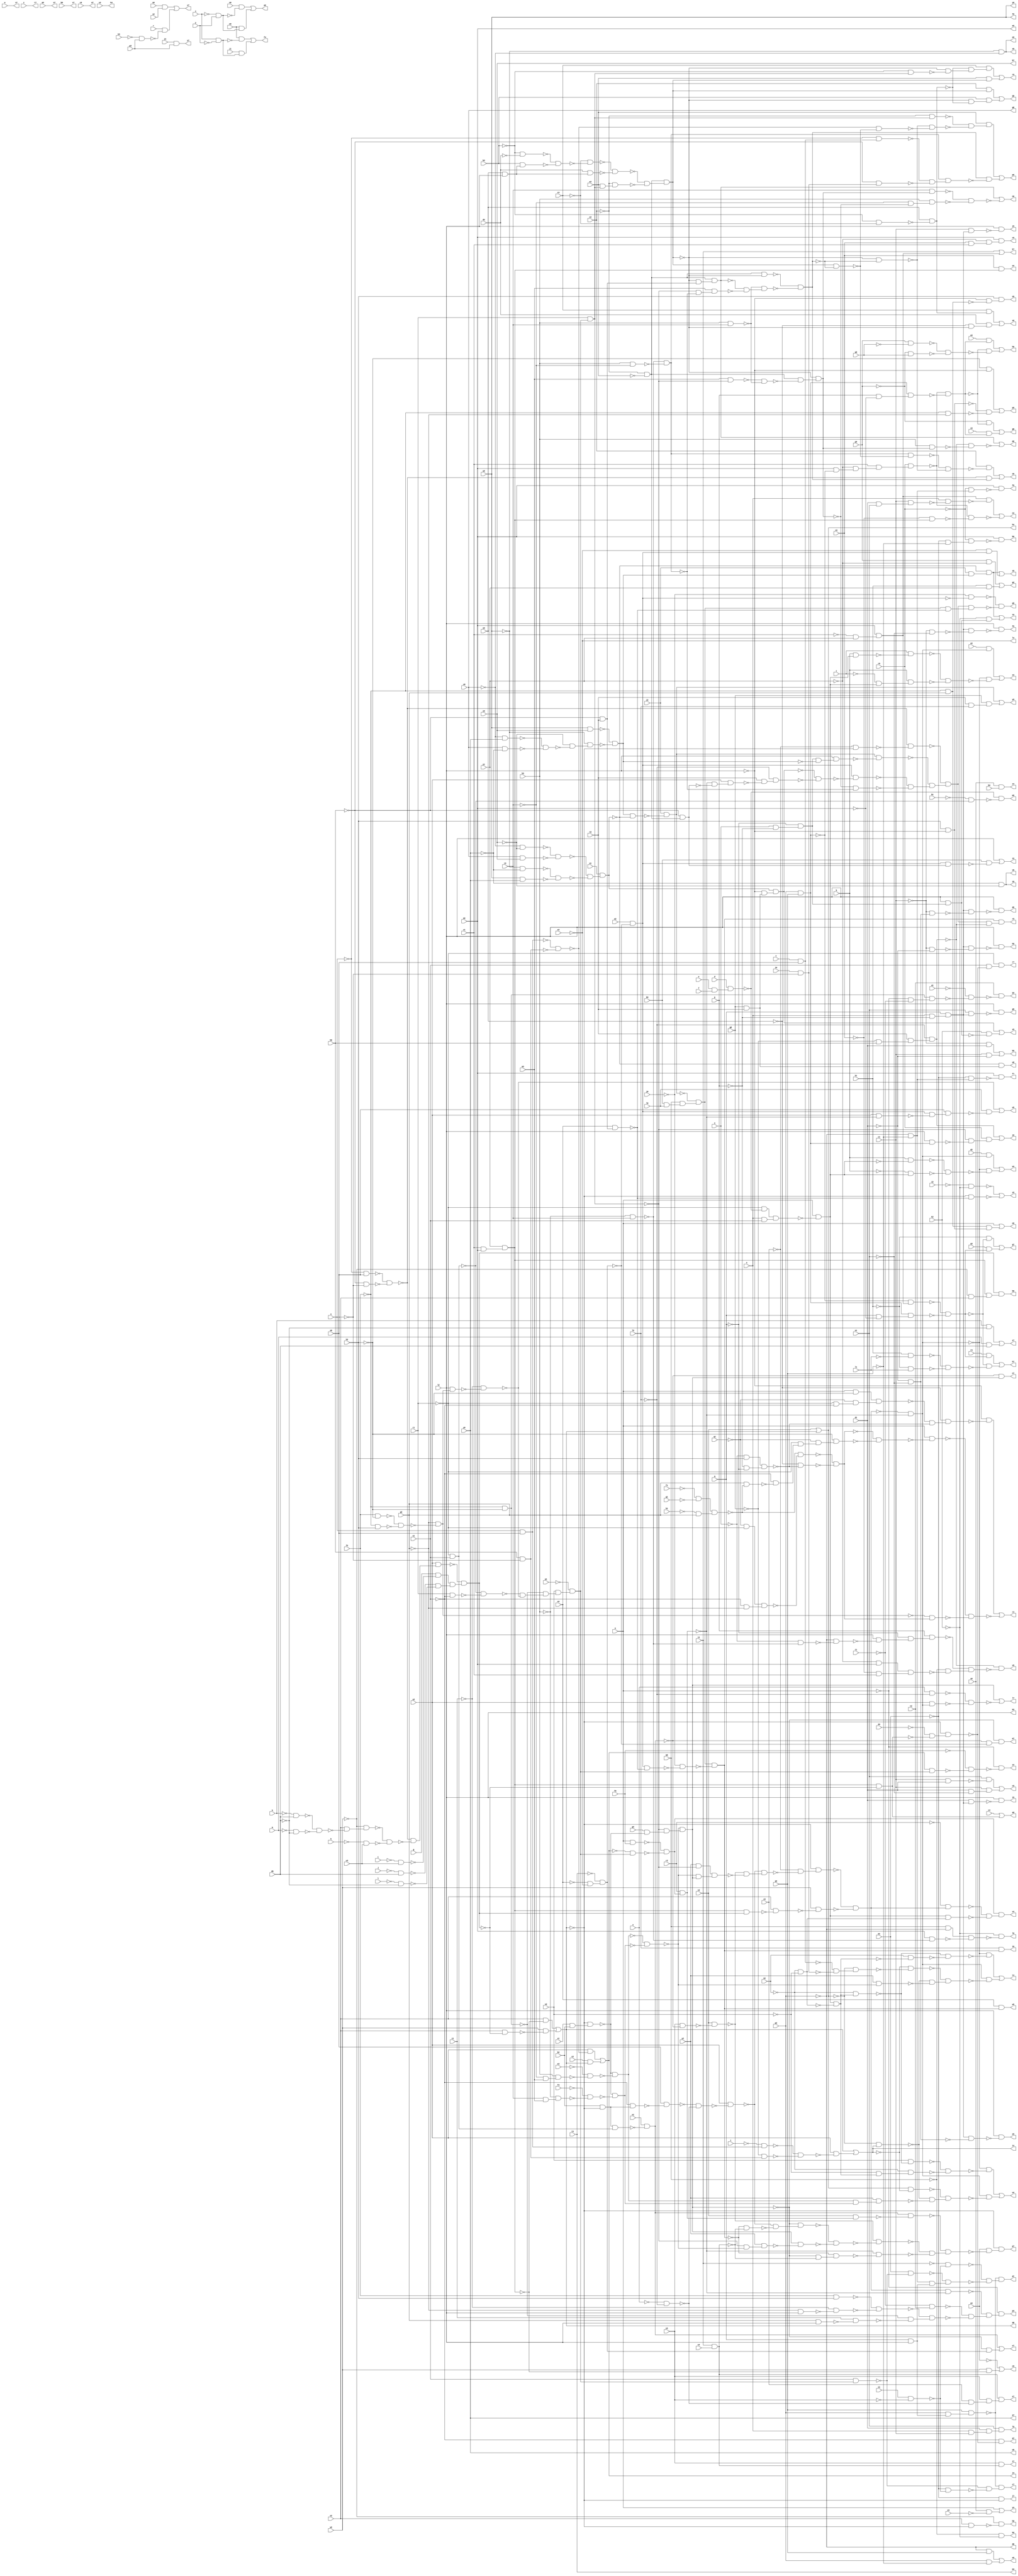
module rot ( 
    a, b, c, d, e, f, g, h, i, j, k, l, m, n, o, p, q, r, s, t, u, v, w, x,
    y, z, a0, b0, c0, d0, e0, f0, g0, h0, i0, j0, k0, l0, m0, n0, o0, p0,
    q0, r0, s0, t0, u0, v0, w0, x0, y0, z0, a1, b1, c1, d1, e1, f1, g1, h1,
    i1, j1, k1, l1, m1, n1, o1, p1, q1, r1, s1, t1, u1, v1, w1, x1, y1, z1,
    a2, b2, c2, d2, e2, f2, g2, h2, i2, j2, k2, l2, m2, n2, o2, p2, q2, r2,
    s2, t2, u2, v2, w2, x2, y2, z2, a3, b3, c3, d3, e3, f3, g3, h3, i3, j3,
    k3, l3, m3, n3, o3, p3, q3, r3, s3, t3, u3, v3, w3, x3, y3, z3, a4, b4,
    c4, d4, e4,
    f4, g4, h4, i4, j4, k4, l4, m4, n4, o4, p4, q4, r4, s4, t4, u4, v4, w4,
    x4, y4, z4, a5, b5, c5, d5, e5, f5, g5, h5, i5, j5, k5, l5, m5, n5, o5,
    p5, q5, r5, s5, t5, u5, v5, w5, x5, y5, z5, a6, b6, c6, d6, e6, f6, g6,
    h6, i6, j6, k6, l6, m6, n6, o6, p6, q6, r6, s6, t6, u6, v6, w6, x6, y6,
    z6, a7, b7, c7, d7, e7, f7, g7, h7, i7, j7, k7, l7, m7, n7, o7, p7, q7,
    r7, s7, t7, u7, v7, w7, x7, y7, z7, a8, b8, c8, d8, e8, f8, g8, h8  );
  input  a, b, c, d, e, f, g, h, i, j, k, l, m, n, o, p, q, r, s, t, u,
    v, w, x, y, z, a0, b0, c0, d0, e0, f0, g0, h0, i0, j0, k0, l0, m0, n0,
    o0, p0, q0, r0, s0, t0, u0, v0, w0, x0, y0, z0, a1, b1, c1, d1, e1, f1,
    g1, h1, i1, j1, k1, l1, m1, n1, o1, p1, q1, r1, s1, t1, u1, v1, w1, x1,
    y1, z1, a2, b2, c2, d2, e2, f2, g2, h2, i2, j2, k2, l2, m2, n2, o2, p2,
    q2, r2, s2, t2, u2, v2, w2, x2, y2, z2, a3, b3, c3, d3, e3, f3, g3, h3,
    i3, j3, k3, l3, m3, n3, o3, p3, q3, r3, s3, t3, u3, v3, w3, x3, y3, z3,
    a4, b4, c4, d4, e4;
  output f4, g4, h4, i4, j4, k4, l4, m4, n4, o4, p4, q4, r4, s4, t4, u4, v4,
    w4, x4, y4, z4, a5, b5, c5, d5, e5, f5, g5, h5, i5, j5, k5, l5, m5, n5,
    o5, p5, q5, r5, s5, t5, u5, v5, w5, x5, y5, z5, a6, b6, c6, d6, e6, f6,
    g6, h6, i6, j6, k6, l6, m6, n6, o6, p6, q6, r6, s6, t6, u6, v6, w6, x6,
    y6, z6, a7, b7, c7, d7, e7, f7, g7, h7, i7, j7, k7, l7, m7, n7, o7, p7,
    q7, r7, s7, t7, u7, v7, w7, x7, y7, z7, a8, b8, c8, d8, e8, f8, g8, h8;
  wire new_n243_, new_n244_, new_n245_, new_n247_, new_n248_, new_n250_,
    new_n251_, new_n252_, new_n253_, new_n254_, new_n255_, new_n256_,
    new_n257_, new_n258_, new_n259_, new_n260_, new_n261_, new_n262_,
    new_n263_, new_n264_, new_n265_, new_n266_, new_n267_, new_n268_,
    new_n269_, new_n270_, new_n271_, new_n272_, new_n273_, new_n276_,
    new_n277_, new_n278_, new_n279_, new_n280_, new_n281_, new_n283_,
    new_n284_, new_n285_, new_n287_, new_n288_, new_n289_, new_n290_,
    new_n291_, new_n292_, new_n293_, new_n294_, new_n295_, new_n296_,
    new_n297_, new_n298_, new_n299_, new_n302_, new_n303_, new_n304_,
    new_n305_, new_n306_, new_n307_, new_n308_, new_n309_, new_n310_,
    new_n311_, new_n312_, new_n313_, new_n314_, new_n315_, new_n316_,
    new_n317_, new_n318_, new_n319_, new_n320_, new_n321_, new_n322_,
    new_n323_, new_n324_, new_n325_, new_n326_, new_n327_, new_n328_,
    new_n329_, new_n330_, new_n331_, new_n332_, new_n333_, new_n334_,
    new_n335_, new_n336_, new_n337_, new_n338_, new_n339_, new_n340_,
    new_n341_, new_n342_, new_n343_, new_n344_, new_n345_, new_n346_,
    new_n347_, new_n348_, new_n349_, new_n350_, new_n351_, new_n352_,
    new_n353_, new_n354_, new_n355_, new_n356_, new_n357_, new_n358_,
    new_n359_, new_n360_, new_n361_, new_n362_, new_n363_, new_n364_,
    new_n365_, new_n366_, new_n367_, new_n369_, new_n370_, new_n371_,
    new_n373_, new_n374_, new_n375_, new_n376_, new_n377_, new_n378_,
    new_n379_, new_n380_, new_n381_, new_n382_, new_n383_, new_n384_,
    new_n385_, new_n386_, new_n387_, new_n388_, new_n389_, new_n390_,
    new_n391_, new_n392_, new_n393_, new_n394_, new_n395_, new_n396_,
    new_n397_, new_n398_, new_n399_, new_n400_, new_n402_, new_n403_,
    new_n405_, new_n406_, new_n407_, new_n408_, new_n409_, new_n410_,
    new_n411_, new_n412_, new_n413_, new_n414_, new_n415_, new_n416_,
    new_n417_, new_n418_, new_n419_, new_n420_, new_n421_, new_n422_,
    new_n423_, new_n424_, new_n425_, new_n426_, new_n427_, new_n429_,
    new_n430_, new_n431_, new_n432_, new_n433_, new_n434_, new_n435_,
    new_n436_, new_n437_, new_n438_, new_n439_, new_n441_, new_n442_,
    new_n443_, new_n445_, new_n446_, new_n447_, new_n448_, new_n449_,
    new_n451_, new_n452_, new_n453_, new_n454_, new_n455_, new_n456_,
    new_n457_, new_n459_, new_n462_, new_n463_, new_n465_, new_n466_,
    new_n467_, new_n468_, new_n470_, new_n471_, new_n472_, new_n473_,
    new_n474_, new_n476_, new_n478_, new_n479_, new_n481_, new_n483_,
    new_n484_, new_n486_, new_n488_, new_n490_, new_n491_, new_n493_,
    new_n495_, new_n496_, new_n497_, new_n499_, new_n501_, new_n502_,
    new_n503_, new_n505_, new_n506_, new_n507_, new_n508_, new_n509_,
    new_n510_, new_n511_, new_n512_, new_n513_, new_n514_, new_n515_,
    new_n516_, new_n517_, new_n518_, new_n519_, new_n520_, new_n521_,
    new_n522_, new_n523_, new_n524_, new_n525_, new_n526_, new_n527_,
    new_n528_, new_n529_, new_n530_, new_n531_, new_n532_, new_n533_,
    new_n534_, new_n535_, new_n536_, new_n537_, new_n538_, new_n539_,
    new_n540_, new_n541_, new_n542_, new_n543_, new_n544_, new_n545_,
    new_n546_, new_n547_, new_n548_, new_n549_, new_n550_, new_n551_,
    new_n552_, new_n553_, new_n554_, new_n555_, new_n556_, new_n557_,
    new_n558_, new_n559_, new_n560_, new_n561_, new_n562_, new_n563_,
    new_n564_, new_n565_, new_n566_, new_n567_, new_n568_, new_n569_,
    new_n570_, new_n571_, new_n572_, new_n573_, new_n575_, new_n576_,
    new_n577_, new_n578_, new_n579_, new_n580_, new_n581_, new_n583_,
    new_n584_, new_n585_, new_n587_, new_n588_, new_n590_, new_n591_,
    new_n592_, new_n593_, new_n595_, new_n596_, new_n597_, new_n598_,
    new_n599_, new_n600_, new_n601_, new_n602_, new_n603_, new_n604_,
    new_n607_, new_n608_, new_n610_, new_n611_, new_n613_, new_n614_,
    new_n616_, new_n617_, new_n618_, new_n620_, new_n621_, new_n623_,
    new_n624_, new_n626_, new_n627_, new_n629_, new_n630_, new_n632_,
    new_n633_, new_n634_, new_n635_, new_n636_, new_n638_, new_n639_,
    new_n640_, new_n641_, new_n642_, new_n645_, new_n646_, new_n647_,
    new_n650_, new_n651_, new_n652_, new_n654_, new_n655_, new_n656_,
    new_n657_, new_n659_, new_n660_, new_n661_, new_n662_, new_n664_,
    new_n665_, new_n666_, new_n667_, new_n668_, new_n669_, new_n670_,
    new_n671_, new_n672_, new_n673_, new_n674_, new_n675_, new_n677_,
    new_n678_, new_n679_, new_n680_, new_n681_, new_n682_, new_n683_,
    new_n684_, new_n685_, new_n686_, new_n688_, new_n689_, new_n690_,
    new_n691_, new_n692_, new_n694_, new_n695_, new_n696_, new_n697_,
    new_n698_, new_n700_, new_n701_, new_n702_, new_n704_, new_n709_,
    new_n710_, new_n711_, new_n712_, new_n713_, new_n714_, new_n715_,
    new_n717_, new_n718_, new_n719_, new_n720_, new_n721_, new_n723_,
    new_n724_, new_n725_, new_n727_, new_n729_, new_n730_, new_n731_,
    new_n732_, new_n733_, new_n734_, new_n736_, new_n737_, new_n738_,
    new_n739_, new_n740_, new_n745_, new_n746_, new_n747_, new_n749_,
    new_n752_, new_n754_, new_n755_, new_n756_, new_n757_, new_n758_,
    new_n759_, new_n760_, new_n761_, new_n762_, new_n763_, new_n764_,
    new_n765_, new_n766_, new_n767_, new_n768_, new_n769_, new_n771_,
    new_n772_, new_n773_, new_n775_, new_n777_, new_n778_, new_n779_,
    new_n782_, new_n783_, new_n786_, new_n787_, new_n789_, new_n791_;
  assign new_n243_ = x & ~y;
  assign new_n244_ = e0 & ~new_n243_;
  assign new_n245_ = j1 & new_n243_;
  assign f4 = new_n244_ | new_n245_;
  assign new_n247_ = p0 & ~y1;
  assign new_n248_ = k1 & y1;
  assign g4 = new_n247_ | new_n248_;
  assign new_n250_ = x1 & m2;
  assign new_n251_ = y1 & new_n250_;
  assign new_n252_ = ~u & s0;
  assign new_n253_ = ~h0 & ~s0;
  assign new_n254_ = ~new_n252_ & ~new_n253_;
  assign new_n255_ = ~k & d0;
  assign new_n256_ = ~m & ~d0;
  assign new_n257_ = ~new_n255_ & ~new_n256_;
  assign new_n258_ = x2 & ~new_n257_;
  assign new_n259_ = ~w2 & new_n258_;
  assign new_n260_ = ~h & u3;
  assign new_n261_ = ~new_n259_ & ~new_n260_;
  assign new_n262_ = ~new_n254_ & ~new_n261_;
  assign new_n263_ = u2 & new_n262_;
  assign new_n264_ = ~i & u3;
  assign new_n265_ = g & ~new_n264_;
  assign new_n266_ = ~j & d0;
  assign new_n267_ = ~l & ~d0;
  assign new_n268_ = ~new_n266_ & ~new_n267_;
  assign new_n269_ = new_n265_ & new_n268_;
  assign new_n270_ = ~new_n263_ & new_n269_;
  assign new_n271_ = x2 & ~new_n251_;
  assign new_n272_ = x2 & ~new_n270_;
  assign new_n273_ = w2 & ~new_n272_;
  assign d8 = new_n271_ | new_n273_;
  assign h4 = v2 | d8;
  assign new_n276_ = u & s0;
  assign new_n277_ = ~t & new_n276_;
  assign new_n278_ = h0 & ~s0;
  assign new_n279_ = ~g0 & new_n278_;
  assign new_n280_ = ~new_n277_ & ~new_n279_;
  assign new_n281_ = u2 & ~new_n280_;
  assign i4 = d8 | new_n281_;
  assign new_n283_ = ~new_n276_ & ~new_n278_;
  assign new_n284_ = u2 & ~new_n283_;
  assign new_n285_ = c2 & d8;
  assign j4 = new_n284_ | new_n285_;
  assign new_n287_ = p2 & q2;
  assign new_n288_ = m2 & ~new_n287_;
  assign new_n289_ = ~y1 & new_n288_;
  assign new_n290_ = x1 & new_n289_;
  assign new_n291_ = r0 & new_n290_;
  assign new_n292_ = ~x1 & y1;
  assign new_n293_ = m2 & new_n292_;
  assign new_n294_ = d1 & e1;
  assign new_n295_ = c1 & new_n294_;
  assign new_n296_ = n & ~new_n295_;
  assign new_n297_ = new_n293_ & ~new_n296_;
  assign new_n298_ = ~w1 & new_n251_;
  assign new_n299_ = ~new_n291_ & ~new_n298_;
  assign n4 = new_n297_ | ~new_n299_;
  assign o4 = w1 & new_n251_;
  assign new_n302_ = b2 & ~d8;
  assign new_n303_ = ~s1 & new_n302_;
  assign new_n304_ = s0 & ~new_n303_;
  assign new_n305_ = ~r1 & s1;
  assign new_n306_ = new_n302_ & new_n305_;
  assign new_n307_ = n1 & ~new_n306_;
  assign new_n308_ = f2 & ~h2;
  assign new_n309_ = ~f2 & h2;
  assign new_n310_ = ~new_n308_ & ~new_n309_;
  assign new_n311_ = ~g2 & ~new_n310_;
  assign new_n312_ = ~f2 & ~h2;
  assign new_n313_ = r1 & ~s1;
  assign new_n314_ = ~new_n305_ & ~new_n313_;
  assign new_n315_ = l2 & new_n311_;
  assign new_n316_ = ~z1 & ~new_n315_;
  assign new_n317_ = ~new_n314_ & ~new_n316_;
  assign new_n318_ = ~new_n312_ & new_n317_;
  assign new_n319_ = o2 & new_n318_;
  assign new_n320_ = ~p1 & new_n319_;
  assign new_n321_ = r1 & new_n320_;
  assign new_n322_ = v1 & b2;
  assign new_n323_ = ~d8 & new_n322_;
  assign new_n324_ = ~i3 & m3;
  assign new_n325_ = h3 & new_n324_;
  assign new_n326_ = ~e3 & ~new_n325_;
  assign new_n327_ = ~new_n323_ & ~new_n326_;
  assign new_n328_ = i3 & m3;
  assign new_n329_ = ~h3 & new_n328_;
  assign new_n330_ = ~f3 & ~new_n329_;
  assign new_n331_ = ~new_n323_ & ~new_n330_;
  assign new_n332_ = ~new_n327_ & ~new_n331_;
  assign new_n333_ = g3 & ~new_n323_;
  assign new_n334_ = ~new_n321_ & new_n333_;
  assign new_n335_ = ~new_n332_ & new_n334_;
  assign new_n336_ = ~s & ~l3;
  assign new_n337_ = ~new_n304_ & ~new_n336_;
  assign new_n338_ = u2 & ~new_n337_;
  assign new_n339_ = y3 & ~new_n307_;
  assign new_n340_ = v2 & ~new_n339_;
  assign new_n341_ = y2 & ~new_n321_;
  assign new_n342_ = ~new_n332_ & new_n335_;
  assign new_n343_ = new_n341_ & new_n342_;
  assign new_n344_ = ~new_n340_ & ~new_n343_;
  assign new_n345_ = ~new_n338_ & new_n344_;
  assign new_n346_ = ~z3 & ~new_n345_;
  assign new_n347_ = ~d8 & new_n346_;
  assign new_n348_ = new_n251_ & new_n270_;
  assign new_n349_ = x2 & ~new_n348_;
  assign new_n350_ = w2 & ~new_n349_;
  assign new_n351_ = ~new_n347_ & ~new_n350_;
  assign new_n352_ = a & f0;
  assign new_n353_ = ~j4 & new_n320_;
  assign new_n354_ = ~new_n352_ & ~new_n353_;
  assign new_n355_ = r2 & new_n354_;
  assign new_n356_ = new_n351_ & ~new_n355_;
  assign new_n357_ = ~t1 & t2;
  assign new_n358_ = f2 & h2;
  assign new_n359_ = ~g2 & l2;
  assign new_n360_ = ~z1 & ~new_n359_;
  assign new_n361_ = ~new_n358_ & ~new_n360_;
  assign new_n362_ = g2 & l2;
  assign new_n363_ = z1 & ~new_n362_;
  assign new_n364_ = ~new_n312_ & ~new_n363_;
  assign new_n365_ = ~new_n361_ & new_n364_;
  assign new_n366_ = ~new_n357_ & ~new_n365_;
  assign new_n367_ = ~new_n356_ & new_n366_;
  assign p4 = ~a & new_n367_;
  assign new_n369_ = ~a & ~t1;
  assign new_n370_ = new_n312_ & new_n369_;
  assign new_n371_ = ~a1 & ~new_n370_;
  assign q4 = t2 & ~new_n371_;
  assign new_n373_ = a & ~h2;
  assign new_n374_ = ~r1 & ~s1;
  assign new_n375_ = ~q1 & new_n374_;
  assign new_n376_ = new_n373_ & new_n375_;
  assign new_n377_ = ~o & h2;
  assign new_n378_ = ~p & ~q;
  assign new_n379_ = new_n377_ & new_n378_;
  assign new_n380_ = ~new_n376_ & ~new_n379_;
  assign new_n381_ = ~o0 & new_n380_;
  assign new_n382_ = ~l2 & ~new_n381_;
  assign new_n383_ = ~f1 & ~g1;
  assign new_n384_ = ~h1 & g2;
  assign new_n385_ = new_n383_ & new_n384_;
  assign new_n386_ = ~q1 & ~r1;
  assign new_n387_ = ~s1 & ~g2;
  assign new_n388_ = new_n386_ & new_n387_;
  assign new_n389_ = ~new_n385_ & ~new_n388_;
  assign new_n390_ = ~o0 & ~new_n379_;
  assign new_n391_ = ~new_n389_ & ~new_n390_;
  assign new_n392_ = g2 & ~new_n385_;
  assign new_n393_ = ~s1 & ~new_n392_;
  assign new_n394_ = ~r1 & new_n393_;
  assign new_n395_ = ~q1 & new_n394_;
  assign new_n396_ = ~h2 & new_n395_;
  assign new_n397_ = ~new_n391_ & ~new_n396_;
  assign new_n398_ = a & ~new_n397_;
  assign new_n399_ = ~new_n311_ & new_n391_;
  assign new_n400_ = ~new_n398_ & ~new_n399_;
  assign r4 = new_n382_ | ~new_n400_;
  assign new_n402_ = j4 & new_n320_;
  assign new_n403_ = ~f0 & ~new_n402_;
  assign s4 = ~a & ~new_n403_;
  assign new_n405_ = ~new_n351_ & ~new_n355_;
  assign new_n406_ = e & f;
  assign new_n407_ = d & new_n406_;
  assign new_n408_ = ~r1 & ~new_n407_;
  assign new_n409_ = n & s1;
  assign new_n410_ = new_n408_ & new_n409_;
  assign new_n411_ = a & ~new_n410_;
  assign new_n412_ = ~n2 & ~o2;
  assign new_n413_ = new_n411_ & ~new_n412_;
  assign new_n414_ = ~n2 & new_n413_;
  assign new_n415_ = n2 & ~new_n413_;
  assign new_n416_ = ~new_n414_ & ~new_n415_;
  assign new_n417_ = ~new_n405_ & ~new_n416_;
  assign new_n418_ = v & s0;
  assign new_n419_ = i0 & ~s0;
  assign new_n420_ = ~new_n418_ & ~new_n419_;
  assign new_n421_ = ~h4 & new_n420_;
  assign new_n422_ = ~i4 & ~new_n421_;
  assign new_n423_ = ~h4 & i4;
  assign new_n424_ = y2 & ~new_n332_;
  assign new_n425_ = ~new_n423_ & ~new_n424_;
  assign new_n426_ = ~new_n422_ & new_n425_;
  assign new_n427_ = new_n405_ & ~new_n426_;
  assign t4 = new_n417_ | new_n427_;
  assign new_n429_ = o2 & ~new_n414_;
  assign new_n430_ = ~o2 & new_n413_;
  assign new_n431_ = ~n2 & new_n430_;
  assign new_n432_ = ~new_n429_ & ~new_n431_;
  assign new_n433_ = ~new_n405_ & ~new_n432_;
  assign new_n434_ = h4 & ~i4;
  assign new_n435_ = new_n327_ & new_n331_;
  assign new_n436_ = y2 & new_n435_;
  assign new_n437_ = ~new_n423_ & ~new_n436_;
  assign new_n438_ = ~new_n434_ & new_n437_;
  assign new_n439_ = new_n405_ & ~new_n438_;
  assign u4 = new_n433_ | new_n439_;
  assign new_n441_ = ~r2 & new_n351_;
  assign new_n442_ = new_n411_ & new_n412_;
  assign new_n443_ = ~new_n441_ & ~new_n442_;
  assign v4 = new_n354_ & new_n443_;
  assign new_n445_ = d2 & new_n405_;
  assign new_n446_ = b & ~new_n411_;
  assign new_n447_ = ~b & new_n411_;
  assign new_n448_ = ~new_n446_ & ~new_n447_;
  assign new_n449_ = ~new_n405_ & ~new_n448_;
  assign w4 = new_n445_ | new_n449_;
  assign new_n451_ = e2 & new_n405_;
  assign new_n452_ = b & new_n411_;
  assign new_n453_ = c & ~new_n452_;
  assign new_n454_ = ~c & new_n411_;
  assign new_n455_ = b & new_n454_;
  assign new_n456_ = ~new_n453_ & ~new_n455_;
  assign new_n457_ = ~new_n405_ & ~new_n456_;
  assign x4 = new_n451_ | new_n457_;
  assign new_n459_ = v0 & ~x3;
  assign y4 = a | new_n459_;
  assign z4 = v0 & b4;
  assign new_n462_ = ~c1 & d1;
  assign new_n463_ = c1 & ~d1;
  assign b5 = new_n462_ | new_n463_;
  assign new_n465_ = c1 & d1;
  assign new_n466_ = e1 & ~new_n465_;
  assign new_n467_ = d1 & ~e1;
  assign new_n468_ = c1 & new_n467_;
  assign c5 = new_n466_ | new_n468_;
  assign new_n470_ = n & ~p;
  assign new_n471_ = q & new_n470_;
  assign new_n472_ = ~d1 & ~e1;
  assign new_n473_ = ~c1 & new_n472_;
  assign new_n474_ = new_n471_ & ~new_n473_;
  assign d5 = l2 & ~new_n474_;
  assign new_n476_ = new_n471_ & ~new_n472_;
  assign e5 = l2 & ~new_n476_;
  assign new_n478_ = ~c1 & ~e1;
  assign new_n479_ = new_n471_ & ~new_n478_;
  assign f5 = l2 & ~new_n479_;
  assign new_n481_ = e1 & new_n471_;
  assign g5 = l2 & ~new_n481_;
  assign new_n483_ = ~c1 & ~d1;
  assign new_n484_ = new_n471_ & ~new_n483_;
  assign h5 = l2 & ~new_n484_;
  assign new_n486_ = d1 & new_n471_;
  assign i5 = l2 & ~new_n486_;
  assign new_n488_ = c1 & new_n471_;
  assign j5 = l2 & ~new_n488_;
  assign new_n490_ = n & c1;
  assign new_n491_ = d1 & new_n490_;
  assign l5 = e1 & new_n491_;
  assign new_n493_ = ~b1 & ~new_n305_;
  assign m5 = ~new_n407_ & ~new_n493_;
  assign new_n495_ = ~f2 & g2;
  assign new_n496_ = h2 & ~l2;
  assign new_n497_ = new_n495_ & new_n496_;
  assign n5 = a | new_n497_;
  assign new_n499_ = ~l2 & ~new_n495_;
  assign o5 = h2 & new_n499_;
  assign new_n501_ = ~h2 & ~l2;
  assign new_n502_ = ~f2 & ~g2;
  assign new_n503_ = ~new_n496_ & ~new_n502_;
  assign p5 = new_n501_ | new_n503_;
  assign new_n505_ = o & ~p;
  assign new_n506_ = ~q & new_n505_;
  assign new_n507_ = ~z2 & ~a3;
  assign new_n508_ = ~b3 & ~d3;
  assign new_n509_ = o0 & l2;
  assign new_n510_ = b3 & new_n509_;
  assign new_n511_ = ~new_n508_ & ~new_n510_;
  assign new_n512_ = ~c3 & ~new_n511_;
  assign new_n513_ = d3 & new_n509_;
  assign new_n514_ = ~new_n512_ & ~new_n513_;
  assign new_n515_ = a3 & new_n321_;
  assign new_n516_ = ~z2 & new_n515_;
  assign new_n517_ = ~new_n514_ & ~new_n516_;
  assign new_n518_ = new_n507_ & new_n517_;
  assign new_n519_ = m3 & ~new_n321_;
  assign new_n520_ = h3 & i3;
  assign new_n521_ = ~new_n519_ & ~new_n520_;
  assign new_n522_ = new_n507_ & ~new_n521_;
  assign new_n523_ = ~new_n518_ & new_n522_;
  assign new_n524_ = w0 & z0;
  assign new_n525_ = ~x0 & y0;
  assign new_n526_ = x0 & ~y0;
  assign new_n527_ = ~new_n525_ & ~new_n526_;
  assign new_n528_ = ~z0 & ~new_n527_;
  assign new_n529_ = ~w0 & new_n528_;
  assign new_n530_ = ~new_n524_ & ~new_n529_;
  assign new_n531_ = ~x0 & ~z0;
  assign new_n532_ = x0 & z0;
  assign new_n533_ = ~new_n531_ & ~new_n532_;
  assign new_n534_ = ~w0 & ~y0;
  assign new_n535_ = w0 & y0;
  assign new_n536_ = ~new_n534_ & ~new_n535_;
  assign new_n537_ = ~new_n533_ & ~new_n536_;
  assign new_n538_ = u1 & new_n537_;
  assign new_n539_ = new_n530_ & ~new_n538_;
  assign new_n540_ = j2 & ~new_n539_;
  assign new_n541_ = ~h3 & i3;
  assign new_n542_ = h3 & ~i3;
  assign new_n543_ = ~new_n541_ & ~new_n542_;
  assign new_n544_ = ~n3 & ~o3;
  assign new_n545_ = ~t3 & new_n544_;
  assign new_n546_ = a2 & ~new_n545_;
  assign new_n547_ = g0 & t0;
  assign new_n548_ = ~l2 & new_n547_;
  assign new_n549_ = new_n538_ & new_n548_;
  assign new_n550_ = ~z3 & ~d8;
  assign new_n551_ = ~new_n254_ & ~new_n550_;
  assign new_n552_ = new_n506_ & ~new_n530_;
  assign new_n553_ = l2 & new_n552_;
  assign new_n554_ = new_n540_ & ~new_n553_;
  assign new_n555_ = ~h0 & new_n507_;
  assign new_n556_ = ~new_n355_ & ~new_n555_;
  assign new_n557_ = u2 & new_n556_;
  assign new_n558_ = t0 & ~new_n557_;
  assign new_n559_ = ~l3 & new_n558_;
  assign new_n560_ = ~new_n549_ & ~new_n559_;
  assign new_n561_ = new_n546_ & ~new_n560_;
  assign new_n562_ = ~new_n523_ & ~new_n543_;
  assign new_n563_ = ~new_n561_ & ~new_n562_;
  assign new_n564_ = ~new_n554_ & new_n563_;
  assign new_n565_ = ~new_n551_ & new_n564_;
  assign new_n566_ = k0 & l0;
  assign new_n567_ = m0 & new_n566_;
  assign new_n568_ = ~new_n540_ & new_n567_;
  assign new_n569_ = ~h0 & t0;
  assign new_n570_ = n3 & new_n569_;
  assign new_n571_ = ~j0 & ~new_n546_;
  assign new_n572_ = new_n568_ & ~new_n570_;
  assign new_n573_ = new_n565_ & new_n572_;
  assign q5 = ~new_n571_ & ~new_n573_;
  assign new_n575_ = ~g0 & h0;
  assign new_n576_ = t0 & new_n575_;
  assign new_n577_ = ~l3 & new_n576_;
  assign new_n578_ = new_n546_ & ~new_n570_;
  assign new_n579_ = ~j0 & ~new_n578_;
  assign new_n580_ = new_n568_ & ~new_n579_;
  assign new_n581_ = new_n565_ & ~new_n577_;
  assign r5 = new_n580_ & new_n581_;
  assign new_n583_ = j2 & new_n530_;
  assign new_n584_ = ~new_n538_ & new_n583_;
  assign new_n585_ = ~o3 & new_n546_;
  assign s5 = new_n584_ | new_n585_;
  assign new_n587_ = new_n546_ & new_n555_;
  assign new_n588_ = k0 & ~new_n587_;
  assign t5 = l2 | new_n588_;
  assign new_n590_ = u2 & ~new_n355_;
  assign new_n591_ = new_n546_ & ~new_n590_;
  assign new_n592_ = s0 & new_n591_;
  assign new_n593_ = l0 & ~new_n592_;
  assign u5 = ~new_n316_ | new_n593_;
  assign new_n595_ = ~o & ~new_n541_;
  assign new_n596_ = ~p2 & ~new_n595_;
  assign new_n597_ = l2 & ~new_n596_;
  assign new_n598_ = ~q & new_n597_;
  assign new_n599_ = p & new_n598_;
  assign new_n600_ = ~y1 & m2;
  assign new_n601_ = ~w1 & x1;
  assign new_n602_ = new_n600_ & new_n601_;
  assign new_n603_ = ~m0 & ~new_n602_;
  assign new_n604_ = ~new_n599_ & new_n603_;
  assign v5 = ~new_n577_ & ~new_n604_;
  assign w5 = n3 & new_n580_;
  assign new_n607_ = l2 & new_n506_;
  assign new_n608_ = k2 & ~new_n607_;
  assign x5 = new_n549_ | new_n608_;
  assign new_n610_ = t0 & l3;
  assign new_n611_ = g0 & new_n610_;
  assign y5 = new_n540_ | new_n611_;
  assign new_n613_ = ~i2 & ~k2;
  assign new_n614_ = ~d8 & ~new_n570_;
  assign z5 = ~new_n613_ | ~new_n614_;
  assign new_n616_ = ~x & y;
  assign new_n617_ = n0 & ~new_n616_;
  assign new_n618_ = e0 & new_n616_;
  assign a6 = new_n617_ | new_n618_;
  assign new_n620_ = ~m1 & ~q2;
  assign new_n621_ = ~r0 & new_n620_;
  assign b6 = m2 & ~new_n621_;
  assign new_n623_ = w1 & x1;
  assign new_n624_ = ~y1 & new_n623_;
  assign c6 = m2 & new_n624_;
  assign new_n626_ = ~p2 & q2;
  assign new_n627_ = p2 & ~q2;
  assign e6 = new_n626_ | new_n627_;
  assign new_n629_ = ~p2 & ~q2;
  assign new_n630_ = ~r0 & new_n629_;
  assign f6 = m2 & ~new_n630_;
  assign new_n632_ = p & ~m2;
  assign new_n633_ = new_n287_ & new_n632_;
  assign new_n634_ = ~new_n291_ & ~new_n633_;
  assign new_n635_ = ~p0 & ~new_n634_;
  assign new_n636_ = v3 & new_n634_;
  assign g6 = new_n635_ | new_n636_;
  assign new_n638_ = w3 & new_n634_;
  assign new_n639_ = p0 & ~q0;
  assign new_n640_ = ~p0 & q0;
  assign new_n641_ = ~new_n639_ & ~new_n640_;
  assign new_n642_ = ~new_n634_ & ~new_n641_;
  assign h6 = new_n638_ | new_n642_;
  assign i6 = l3 & new_n580_;
  assign new_n645_ = l2 & new_n287_;
  assign new_n646_ = ~new_n321_ & ~new_n645_;
  assign new_n647_ = r0 & new_n646_;
  assign j6 = new_n577_ | new_n647_;
  assign k6 = ~m0 & ~k2;
  assign new_n650_ = m0 & ~p2;
  assign new_n651_ = m2 & ~new_n541_;
  assign new_n652_ = new_n650_ & ~new_n651_;
  assign l6 = ~k2 & ~new_n652_;
  assign new_n654_ = ~new_n518_ & new_n569_;
  assign new_n655_ = new_n507_ & new_n654_;
  assign new_n656_ = h3 & new_n523_;
  assign new_n657_ = ~new_n577_ & ~new_n656_;
  assign m6 = new_n655_ | ~new_n657_;
  assign new_n659_ = i3 & new_n523_;
  assign new_n660_ = ~i3 & ~new_n523_;
  assign new_n661_ = h3 & new_n660_;
  assign new_n662_ = ~new_n659_ & ~new_n661_;
  assign n6 = new_n655_ | ~new_n662_;
  assign new_n664_ = new_n507_ & ~new_n518_;
  assign new_n665_ = ~new_n321_ & ~new_n543_;
  assign new_n666_ = m3 & new_n665_;
  assign new_n667_ = ~new_n655_ & ~new_n666_;
  assign new_n668_ = ~new_n520_ & new_n667_;
  assign new_n669_ = ~new_n664_ & ~new_n668_;
  assign new_n670_ = new_n518_ & ~new_n669_;
  assign new_n671_ = new_n543_ & ~new_n670_;
  assign new_n672_ = ~new_n518_ & ~new_n669_;
  assign new_n673_ = ~new_n671_ & ~new_n672_;
  assign new_n674_ = z2 & ~new_n673_;
  assign new_n675_ = ~new_n254_ & new_n669_;
  assign o6 = new_n674_ | new_n675_;
  assign new_n677_ = ~z2 & new_n321_;
  assign new_n678_ = ~new_n283_ & ~new_n670_;
  assign new_n679_ = ~new_n672_ & ~new_n678_;
  assign new_n680_ = ~new_n677_ & ~new_n679_;
  assign new_n681_ = a3 & new_n680_;
  assign new_n682_ = ~u & new_n418_;
  assign new_n683_ = ~h0 & new_n419_;
  assign new_n684_ = ~new_n682_ & ~new_n683_;
  assign new_n685_ = new_n543_ & new_n684_;
  assign new_n686_ = new_n669_ & ~new_n685_;
  assign p6 = new_n681_ | new_n686_;
  assign new_n688_ = ~b3 & ~c3;
  assign new_n689_ = o0 & ~new_n688_;
  assign new_n690_ = z2 & new_n518_;
  assign new_n691_ = ~new_n518_ & ~new_n689_;
  assign new_n692_ = b3 & new_n691_;
  assign q6 = new_n690_ | new_n692_;
  assign new_n694_ = ~b3 & new_n321_;
  assign new_n695_ = ~new_n518_ & ~new_n694_;
  assign new_n696_ = ~new_n689_ & new_n695_;
  assign new_n697_ = c3 & new_n696_;
  assign new_n698_ = a3 & new_n518_;
  assign r6 = new_n697_ | new_n698_;
  assign new_n700_ = c3 & new_n689_;
  assign new_n701_ = ~o0 & ~new_n518_;
  assign new_n702_ = d3 & new_n701_;
  assign s6 = new_n700_ | new_n702_;
  assign new_n704_ = ~k2 & new_n607_;
  assign t6 = new_n584_ | new_n704_;
  assign u6 = ~new_n538_ & new_n547_;
  assign v6 = ~y0 & ~z0;
  assign x6 = ~w0 & ~x0;
  assign new_n709_ = q & l2;
  assign new_n710_ = p2 & new_n709_;
  assign new_n711_ = q2 & new_n710_;
  assign new_n712_ = s1 & new_n320_;
  assign new_n713_ = o1 & ~y3;
  assign new_n714_ = ~m1 & ~new_n713_;
  assign new_n715_ = ~new_n712_ & ~new_n714_;
  assign c7 = ~new_n711_ & new_n715_;
  assign new_n717_ = ~i1 & ~new_n713_;
  assign new_n718_ = m1 & ~new_n712_;
  assign new_n719_ = new_n629_ & new_n709_;
  assign new_n720_ = ~new_n718_ & new_n719_;
  assign new_n721_ = ~new_n717_ & ~new_n720_;
  assign d7 = ~new_n711_ & new_n721_;
  assign new_n723_ = i1 & e4;
  assign new_n724_ = z3 & ~new_n336_;
  assign new_n725_ = y3 & new_n724_;
  assign e7 = new_n723_ & new_n725_;
  assign new_n727_ = ~m1 & new_n629_;
  assign f7 = m2 & ~new_n727_;
  assign new_n729_ = ~new_n287_ & new_n293_;
  assign new_n730_ = q & ~m2;
  assign new_n731_ = new_n287_ & new_n730_;
  assign new_n732_ = ~new_n729_ & ~new_n731_;
  assign new_n733_ = ~k1 & ~new_n732_;
  assign new_n734_ = q3 & new_n732_;
  assign g7 = new_n733_ | new_n734_;
  assign new_n736_ = r3 & new_n732_;
  assign new_n737_ = k1 & ~l1;
  assign new_n738_ = ~k1 & l1;
  assign new_n739_ = ~new_n737_ & ~new_n738_;
  assign new_n740_ = ~new_n732_ & ~new_n739_;
  assign h7 = new_n736_ | new_n740_;
  assign i7 = y3 & new_n723_;
  assign j7 = ~m1 & ~d8;
  assign k7 = i1 | new_n293_;
  assign new_n745_ = s & ~l3;
  assign new_n746_ = u2 & new_n405_;
  assign new_n747_ = ~new_n745_ & ~new_n746_;
  assign l7 = new_n335_ | ~new_n747_;
  assign new_n749_ = ~new_n307_ & ~new_n545_;
  assign m7 = ~new_n335_ & new_n749_;
  assign n7 = ~new_n307_ & new_n335_;
  assign new_n752_ = ~new_n335_ & new_n545_;
  assign o7 = new_n307_ | new_n752_;
  assign new_n754_ = v2 & new_n355_;
  assign new_n755_ = new_n307_ & ~new_n754_;
  assign new_n756_ = ~new_n580_ & ~new_n723_;
  assign new_n757_ = ~new_n338_ & ~new_n756_;
  assign new_n758_ = ~new_n335_ & new_n757_;
  assign new_n759_ = ~new_n321_ & ~new_n332_;
  assign new_n760_ = y2 & new_n759_;
  assign new_n761_ = new_n335_ & ~new_n760_;
  assign new_n762_ = ~new_n758_ & ~new_n761_;
  assign new_n763_ = ~new_n340_ & ~new_n762_;
  assign new_n764_ = ~new_n335_ & ~new_n723_;
  assign new_n765_ = ~new_n580_ & new_n764_;
  assign new_n766_ = ~new_n355_ & ~new_n765_;
  assign new_n767_ = ~new_n763_ & ~new_n766_;
  assign new_n768_ = ~new_n755_ & new_n767_;
  assign new_n769_ = a4 & ~new_n768_;
  assign p7 = ~d8 & new_n769_;
  assign new_n771_ = new_n251_ & ~new_n270_;
  assign new_n772_ = ~d4 & ~new_n771_;
  assign new_n773_ = ~d8 & new_n772_;
  assign q7 = ~s1 & ~new_n773_;
  assign new_n775_ = s1 & ~new_n773_;
  assign r7 = ~r1 & new_n775_;
  assign new_n777_ = u0 & s2;
  assign new_n778_ = ~k3 & p3;
  assign new_n779_ = r & ~new_n778_;
  assign x7 = new_n777_ | new_n779_;
  assign y7 = j3 & p3;
  assign new_n782_ = k & ~d0;
  assign new_n783_ = m & d0;
  assign z7 = new_n782_ | new_n783_;
  assign a8 = c4 | new_n771_;
  assign new_n786_ = ~w2 & x2;
  assign new_n787_ = new_n251_ & new_n786_;
  assign b8 = new_n270_ & new_n787_;
  assign new_n789_ = w2 & ~new_n251_;
  assign c8 = ~a4 | new_n789_;
  assign new_n791_ = x2 & ~d8;
  assign h8 = ~w2 & ~new_n791_;
  assign l4 = ~o3;
  assign d6 = ~p2;
  assign k4 = s3;
  assign m4 = t3;
  assign a5 = m2;
  assign k5 = l2;
  assign w6 = y0;
  assign y6 = w0;
  assign z6 = v6;
  assign a7 = y0;
  assign b7 = z0;
  assign s7 = w;
  assign t7 = z;
  assign u7 = a0;
  assign v7 = b0;
  assign w7 = c0;
  assign e8 = x6;
  assign f8 = w0;
  assign g8 = x0;
endmodule